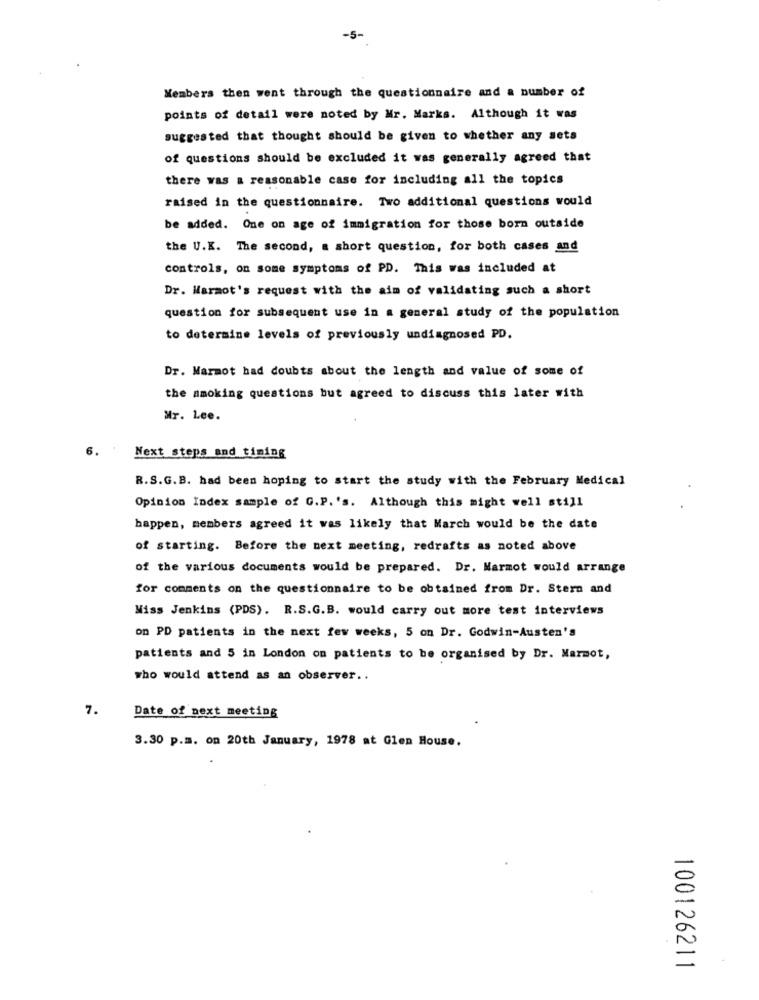
-5-
Members then went through the questionnaire and a number of
points of detail were noted by Mr. Marks. Although it was
suggested that thought should be given to whether any sets
of questions should be excluded it was generally agreed that
there was a reasonable case for including all the topics
raised in the questionnaire. Two additional questions would
be added. One on age of immigration for those born outside
the U.K. The second, a short question, for both cases and
controls, on some symptoms of PD. This was included at
Dr. Marmot's request with the aim of validating such a short
question for subsequent use in a general study of the population
to determine levels of previously undiagnosed PD.
Dr. Marmot had doubts about the length and value of some of
the smoking questions but agreed to discuss this later with
Mr. Lee.
6.
Next steps and timing
R.S.G.B. had been hoping to start the study with the February Medical
Opinion Index sample of G.P. 's. Although this might well still
happen, members agreed it was likely that March would be the date
of starting. Before the next meeting, redrafts as noted above
of the various documents would be prepared. Dr. Marmot would arrange
for comments on the questionnaire to be obtained from Dr. Stern and
Miss Jenkins (PDS). R.S.G.B. would carry out more test interviews
on PD patients in the next few weeks, 5 on Dr. Godwin-Austen's
patients and 5 in London on patients to be organised by Dr. Marmot,
who would attend as an observer ..
7.
Date of next meeting
3.30 p.m. on 20th January, 1978 at Glen House.
100126211